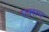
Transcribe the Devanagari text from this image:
एक्सम